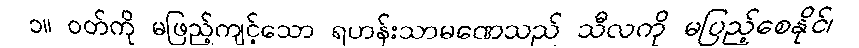
၁။ ဝတ်ကို မဖြည့်ကျင့်သော ရဟန်းသာမဏေသည် သီလကို မပြည့်စေနိုင်၊